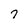
Character: 7